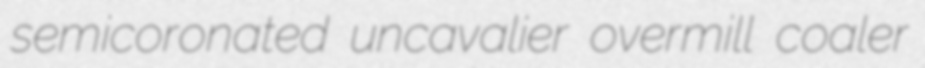
semicoronated uncavalier overmill coaler